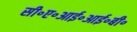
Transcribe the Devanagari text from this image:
सी॰ए॰आई॰आई॰बी॰